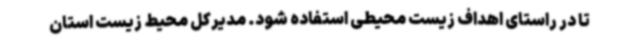
تا در راستای اهداف زیست محیطی استفاده شود. مدیرکل محیط زیست استان